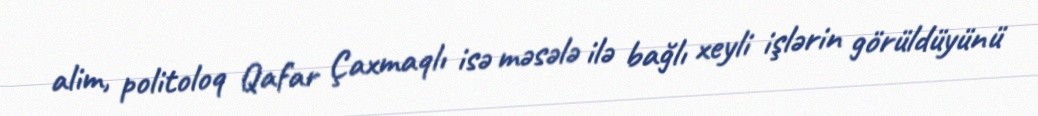
alim, politoloq Qafar Çaxmaqlı isə məsələ ilə bağlı xeyli işlərin görüldüyünü